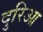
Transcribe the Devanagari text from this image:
दुरिआ